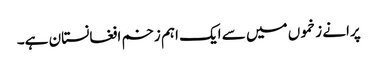
پرانے زخموں میں سے ایک اہم زخم افغانستان ہے۔